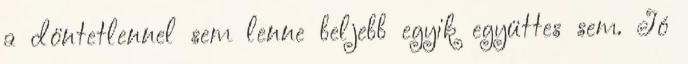
a döntetlennel sem lenne beljebb egyik együttes sem. Jó